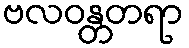
ဗလဝန္တတရာ